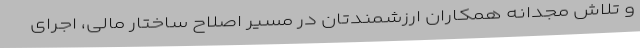
و تلاش مجدانه همکاران ارزشمندتان در مسیر اصلاح ساختار مالی، اجرای